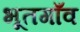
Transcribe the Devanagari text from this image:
भूतगाँव